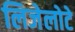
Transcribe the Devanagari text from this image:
लिजेलोटे